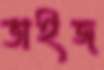
ভাইজ